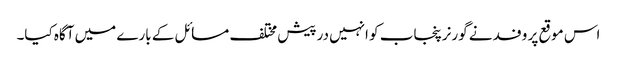
اس موقع پر وفد نے گورنرپنجاب کو انہیں درپیش مختلف مسائل کے بارے میں آگاہ کیا۔